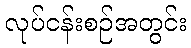
လုပ်ငန်းစဉ်အတွင်း